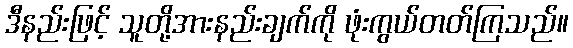
ဒီနည်းဖြင့် သူတို့အားနည်းချက်ကို ဖုံးကွယ်တတ်ကြသည်။